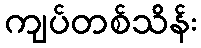
ကျပ်တစ်သိန်း